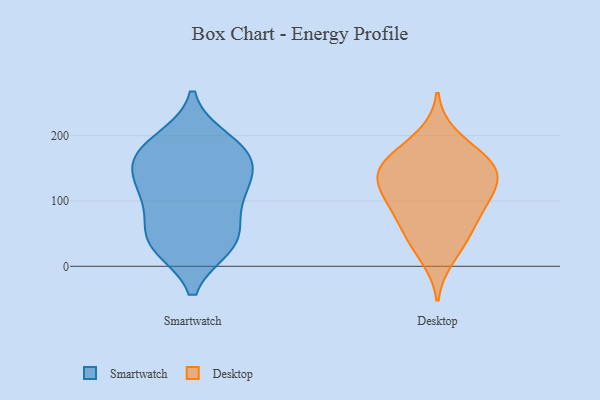
{"axis": {"x": "Net Income (USD K)", "y": "Value"}, "legend": ["Desktop", "Smartwatch"], "data": [{"x": "", "y": 181, "type": "Smartwatch"}, {"x": "", "y": 166, "type": "Smartwatch"}, {"x": "", "y": 36, "type": "Smartwatch"}, {"x": "", "y": 36, "type": "Smartwatch"}, {"x": "", "y": 116, "type": "Smartwatch"}, {"x": "", "y": 166, "type": "Smartwatch"}, {"x": "", "y": 32, "type": "Smartwatch"}, {"x": "", "y": 123, "type": "Smartwatch"}, {"x": "", "y": 118, "type": "Smartwatch"}, {"x": "", "y": 161, "type": "Smartwatch"}, {"x": "", "y": 85, "type": "Smartwatch"}, {"x": "", "y": 47, "type": "Smartwatch"}, {"x": "", "y": 192, "type": "Smartwatch"}, {"x": "", "y": 170, "type": "Desktop"}, {"x": "", "y": 131, "type": "Desktop"}, {"x": "", "y": 123, "type": "Desktop"}, {"x": "", "y": 75, "type": "Desktop"}, {"x": "", "y": 153, "type": "Desktop"}, {"x": "", "y": 113, "type": "Desktop"}, {"x": "", "y": 50, "type": "Desktop"}, {"x": "", "y": 140, "type": "Desktop"}, {"x": "", "y": 13, "type": "Desktop"}, {"x": "", "y": 97, "type": "Desktop"}, {"x": "", "y": 200, "type": "Desktop"}, {"x": "", "y": 154, "type": "Desktop"}, {"x": "", "y": 41, "type": "Desktop"}, {"x": "", "y": 162, "type": "Desktop"}, {"x": "", "y": 87, "type": "Desktop"}]}